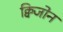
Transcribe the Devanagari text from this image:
क्विजोन